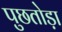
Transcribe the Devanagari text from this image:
पुछतोड़ा